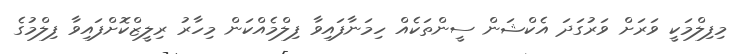
މިފިލްމަކީ ވަރަށް ވަރުގަދަ އެކްޝަން ސީންތަކެއް ހިމަނާފައިވާ ފިލްމެއްކަން މިހާރު ރިލީޒްކޮށްފައިވާ ފިލްމުގެ